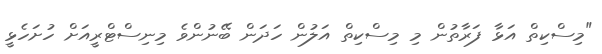
"މިސްކިތް އަޅާ ފަރާތުން މި މިސްކިތް އަލުން ހަދަން ބޭނުންވެ މިނިސްޓްރީއަށް ހުށަހެޅީ